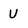
Character: U